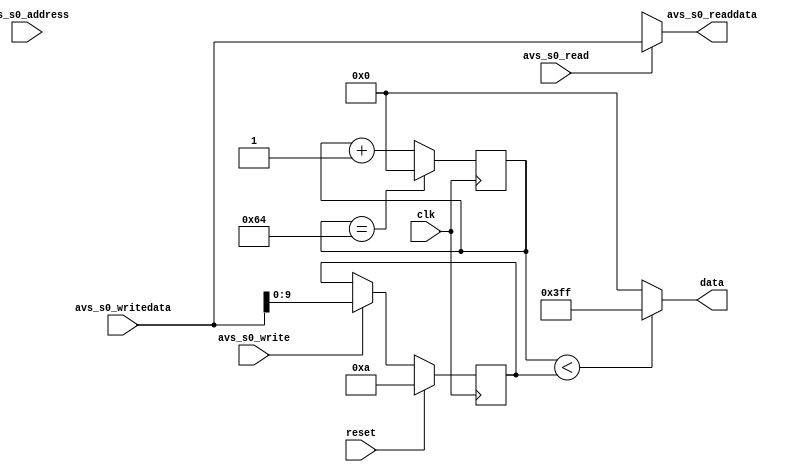
module switch_led( 
    input clk,
    input reset,
    
    input [1:0] avs_s0_address,
    input avs_s0_read,
    input avs_s0_write,
    output reg [31:0] avs_s0_readdata,
    input [31:0] avs_s0_writedata,

    // output reg [31:0] avm_s1_writedata,
    // output reg avm_s1_write,
    // output [31:0] avm_s1_address,
    // input avm_s1_waitrequest
    output [9:0] data
);
    // assign avm_s1_address = 31'b0;
    reg [9:0] level;
    reg [9:0] count = 0;

    always @(*) begin
        if (avs_s0_read) begin
            avs_s0_readdata = avs_s0_writedata;
        end else begin
            avs_s0_readdata = 32'bx;
        end
    end

    always @(posedge clk) begin
        if (reset) begin
            level <= 10'd10;
        end else if (avs_s0_write) begin
            level <= avs_s0_writedata;
        end else begin
            level <= level;
        end
        count = (count == 10'd100)? 10'b0 : count + 1;
    end

    assign data = (count < level)? 10'b1111111111 : 10'b0;

endmodule